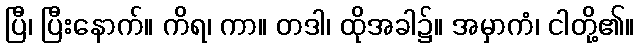
ပြီ၊ ပြီးနောက်။ ကိရ၊ ကာ။ တဒါ၊ ထိုအခါ၌။ အမှာကံ၊ ငါတို့၏။